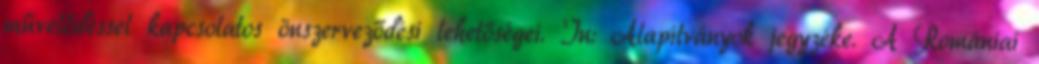
művelődéssel kapcsolatos önszerveződési lehetőségei. In: Alapítványok jegyzéke. A Romániai